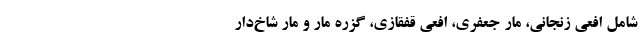
شامل افعی زنجانی، مار جعفری، افعی قفقازی، گزره مار و مار شاخ‌دار